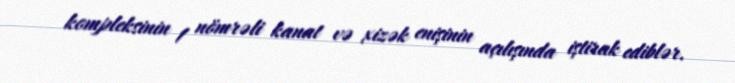
kompleksinin 1 nömrəli kanat və xizək enişinin açılışında iştirak ediblər.